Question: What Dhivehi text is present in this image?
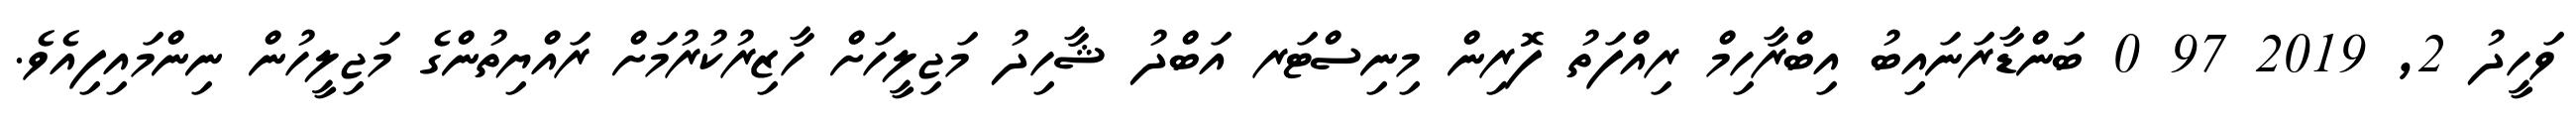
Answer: ވަހީދު 2, 2019 97 0 ބަންޑާރަނައިބު އިބްރާހިމް ރިއްފަތު ފޮރިން މިނިސްޓަރ އަބްދު ޝާހިދު މަޖިލީހަށް ހާޒިރުކުރުމަށް ރައްޔިތުންގެ މަޖިލީހުން ނިންމައިފިއެވެ.